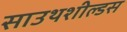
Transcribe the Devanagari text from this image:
साउथशील्डस